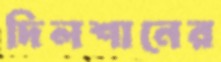
দিলশানের